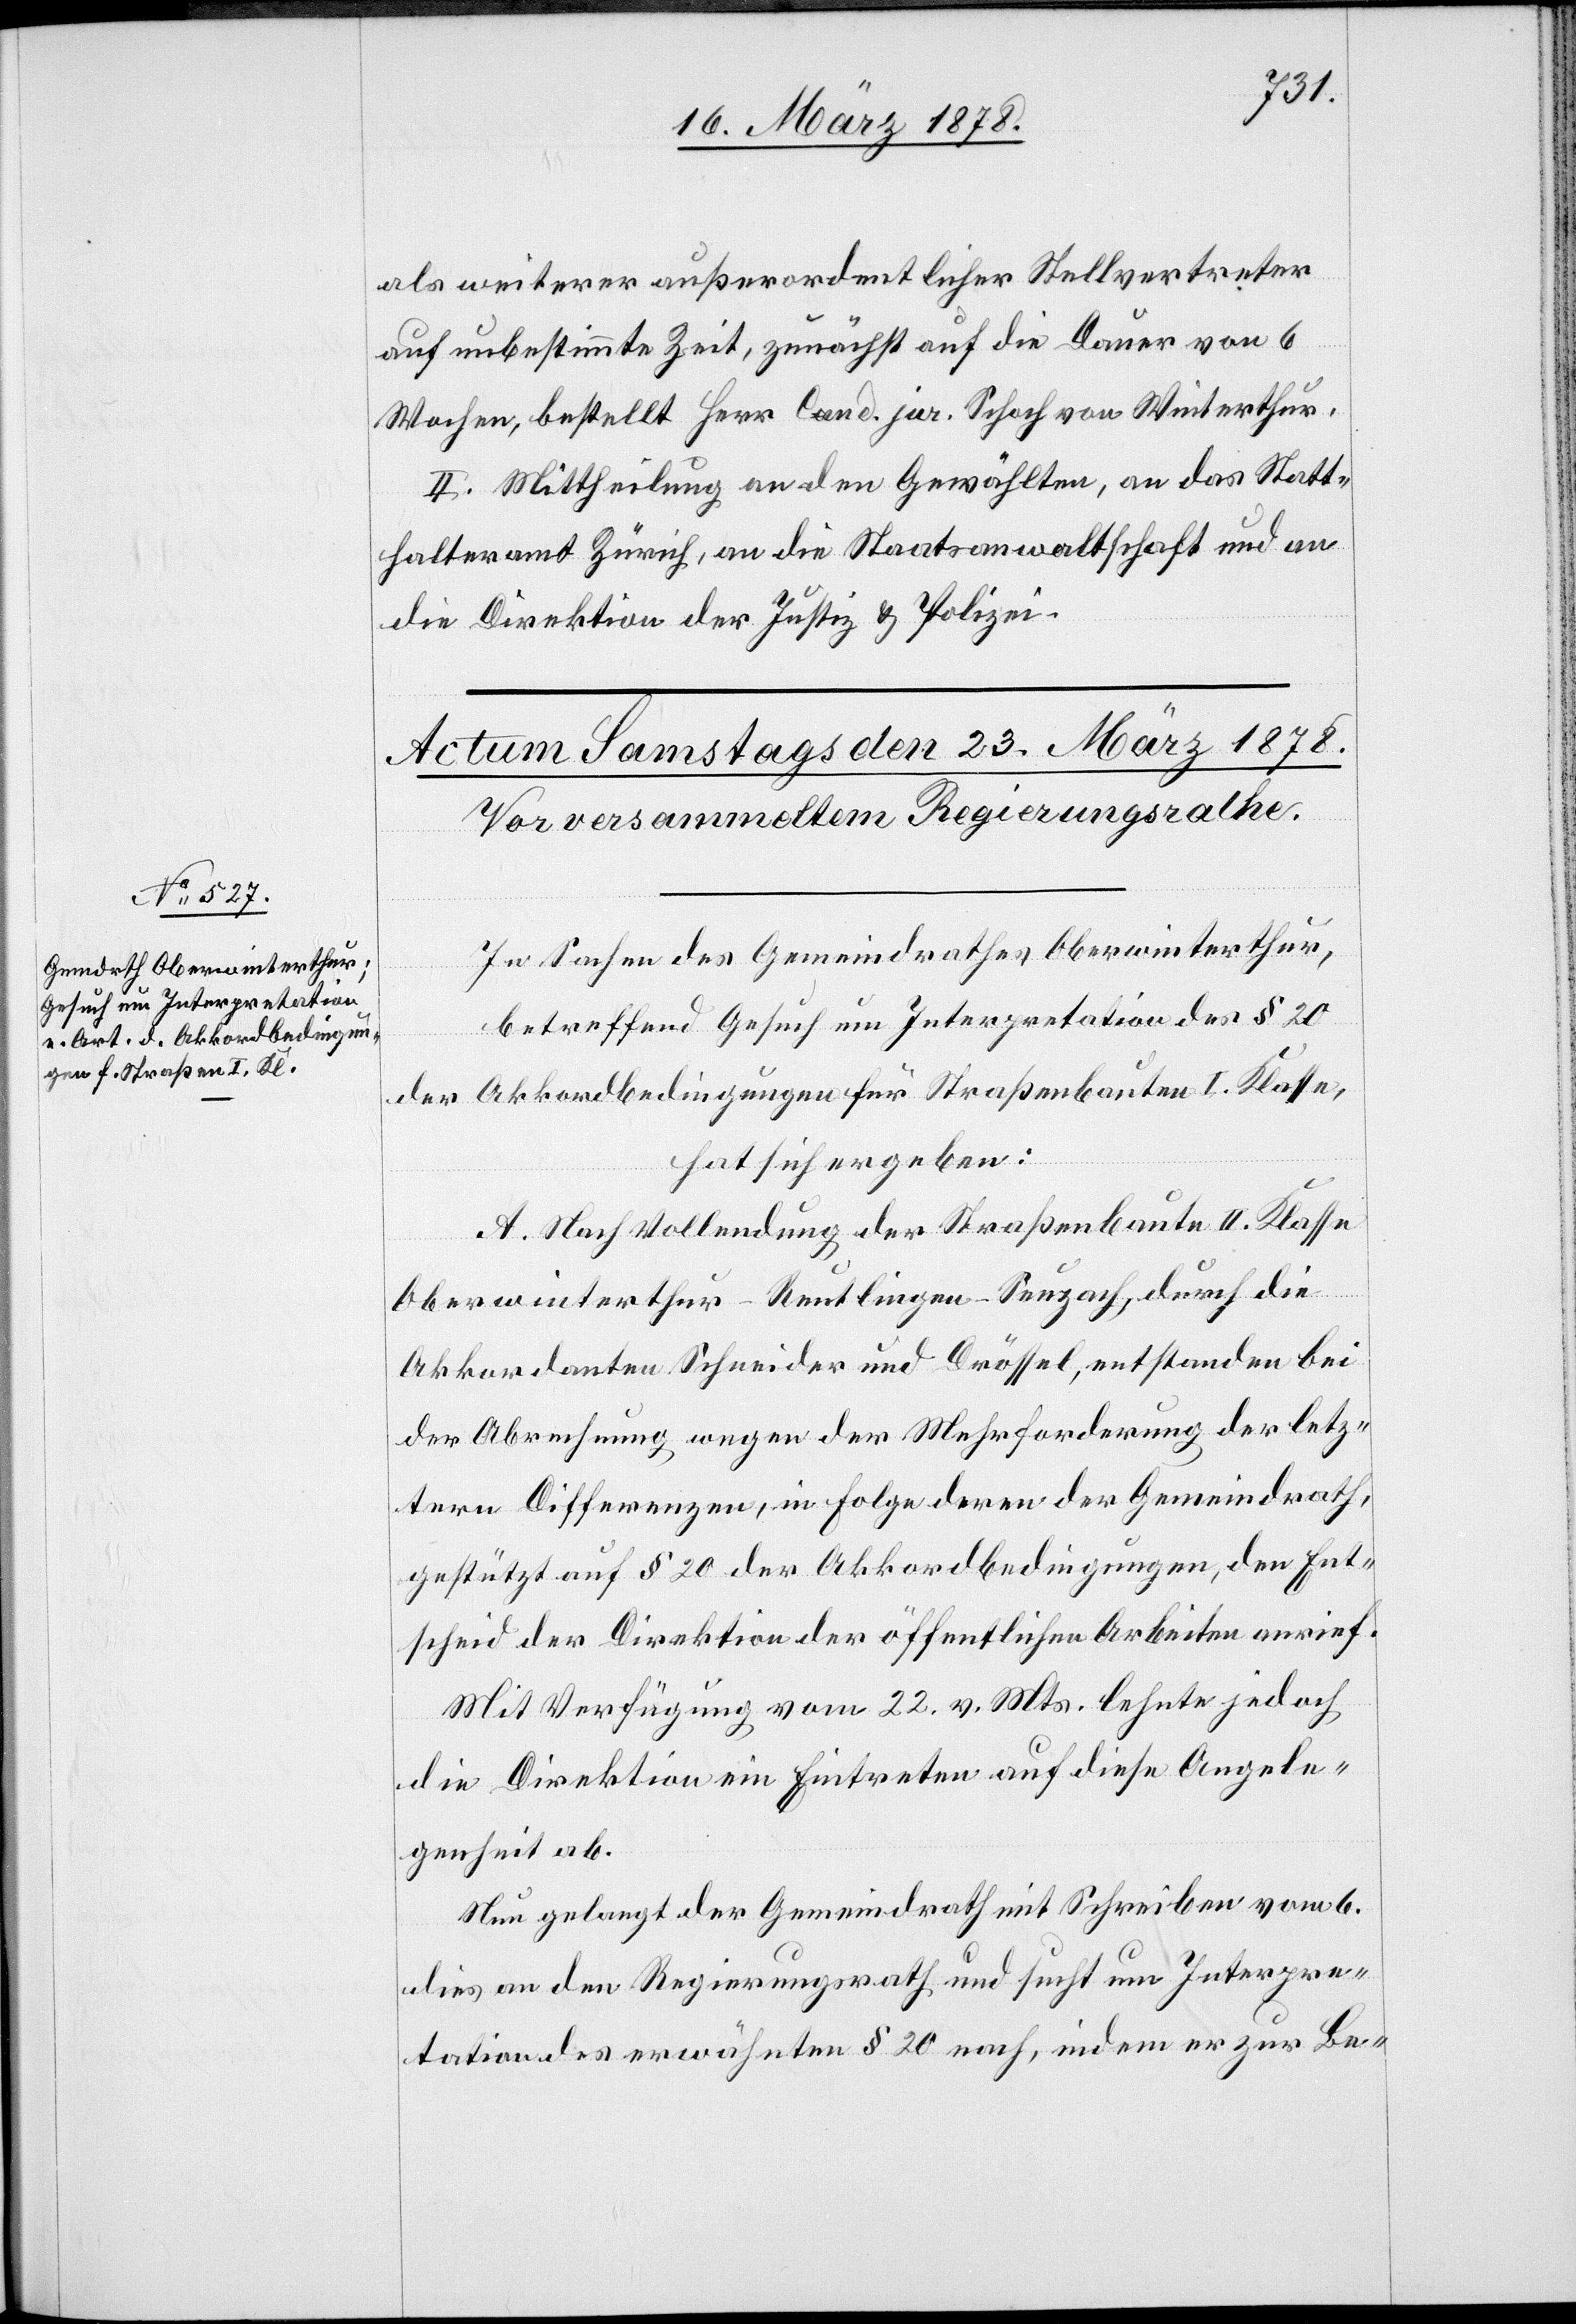
als weiterer außerordentlicher Stellvertreter
auf unbestimmte Zeit, zunächst auf die Dauer von 6
Wochen, bestellt Herr Cand. jur. Schoch von Winterthur.
II. Mittheilung an den Gewählten, an das Statt¬
halteramt Zürich, an die Staatsanwaltschaft und an
die Direktion der Justiz & Polizei.
In Sachen des Gemeindrathes Oberwinterthur,
betreffend Gesuch um Interpretation des § 20
der Akkordbedingungen für Straßenbauten I. Klasse,
hat sich ergeben:
A. Nach Vollendung der Straßenbaute II. Klasse
Oberwinterthur–Reutlingen–Seuzach, durch die
Akkordanten Schneider und Drössel, entstanden bei
der Abrechnung wegen der Mehrforderung des letz¬
tern Differenzen, in Folge deren der Gemeindrath,
gestützt auf § 20 der Akkordbedingungen, den Ent¬
scheid der Direktion der öffentlichen Arbeiten anrief.
Mit Verfügung vom 22. v. Mts. lehnte jedoch
die Direktion ein Eintreten auf diese Angele¬
genheit ab.
Neu gelangt der Gemeindrath mit Schreiben vom 6.
dies an den Regierungsrath und sucht um Interpre¬
tation des erwähnten § 20 nach, indem er zur Be-